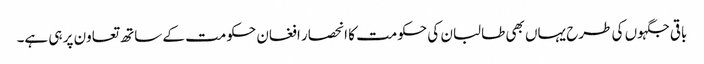
باقی جگہوں کی طرح یہاں بھی طالبان کی حکومت کا انحصار افغان حکومت کے ساتھ تعاون پر ہی ہے۔